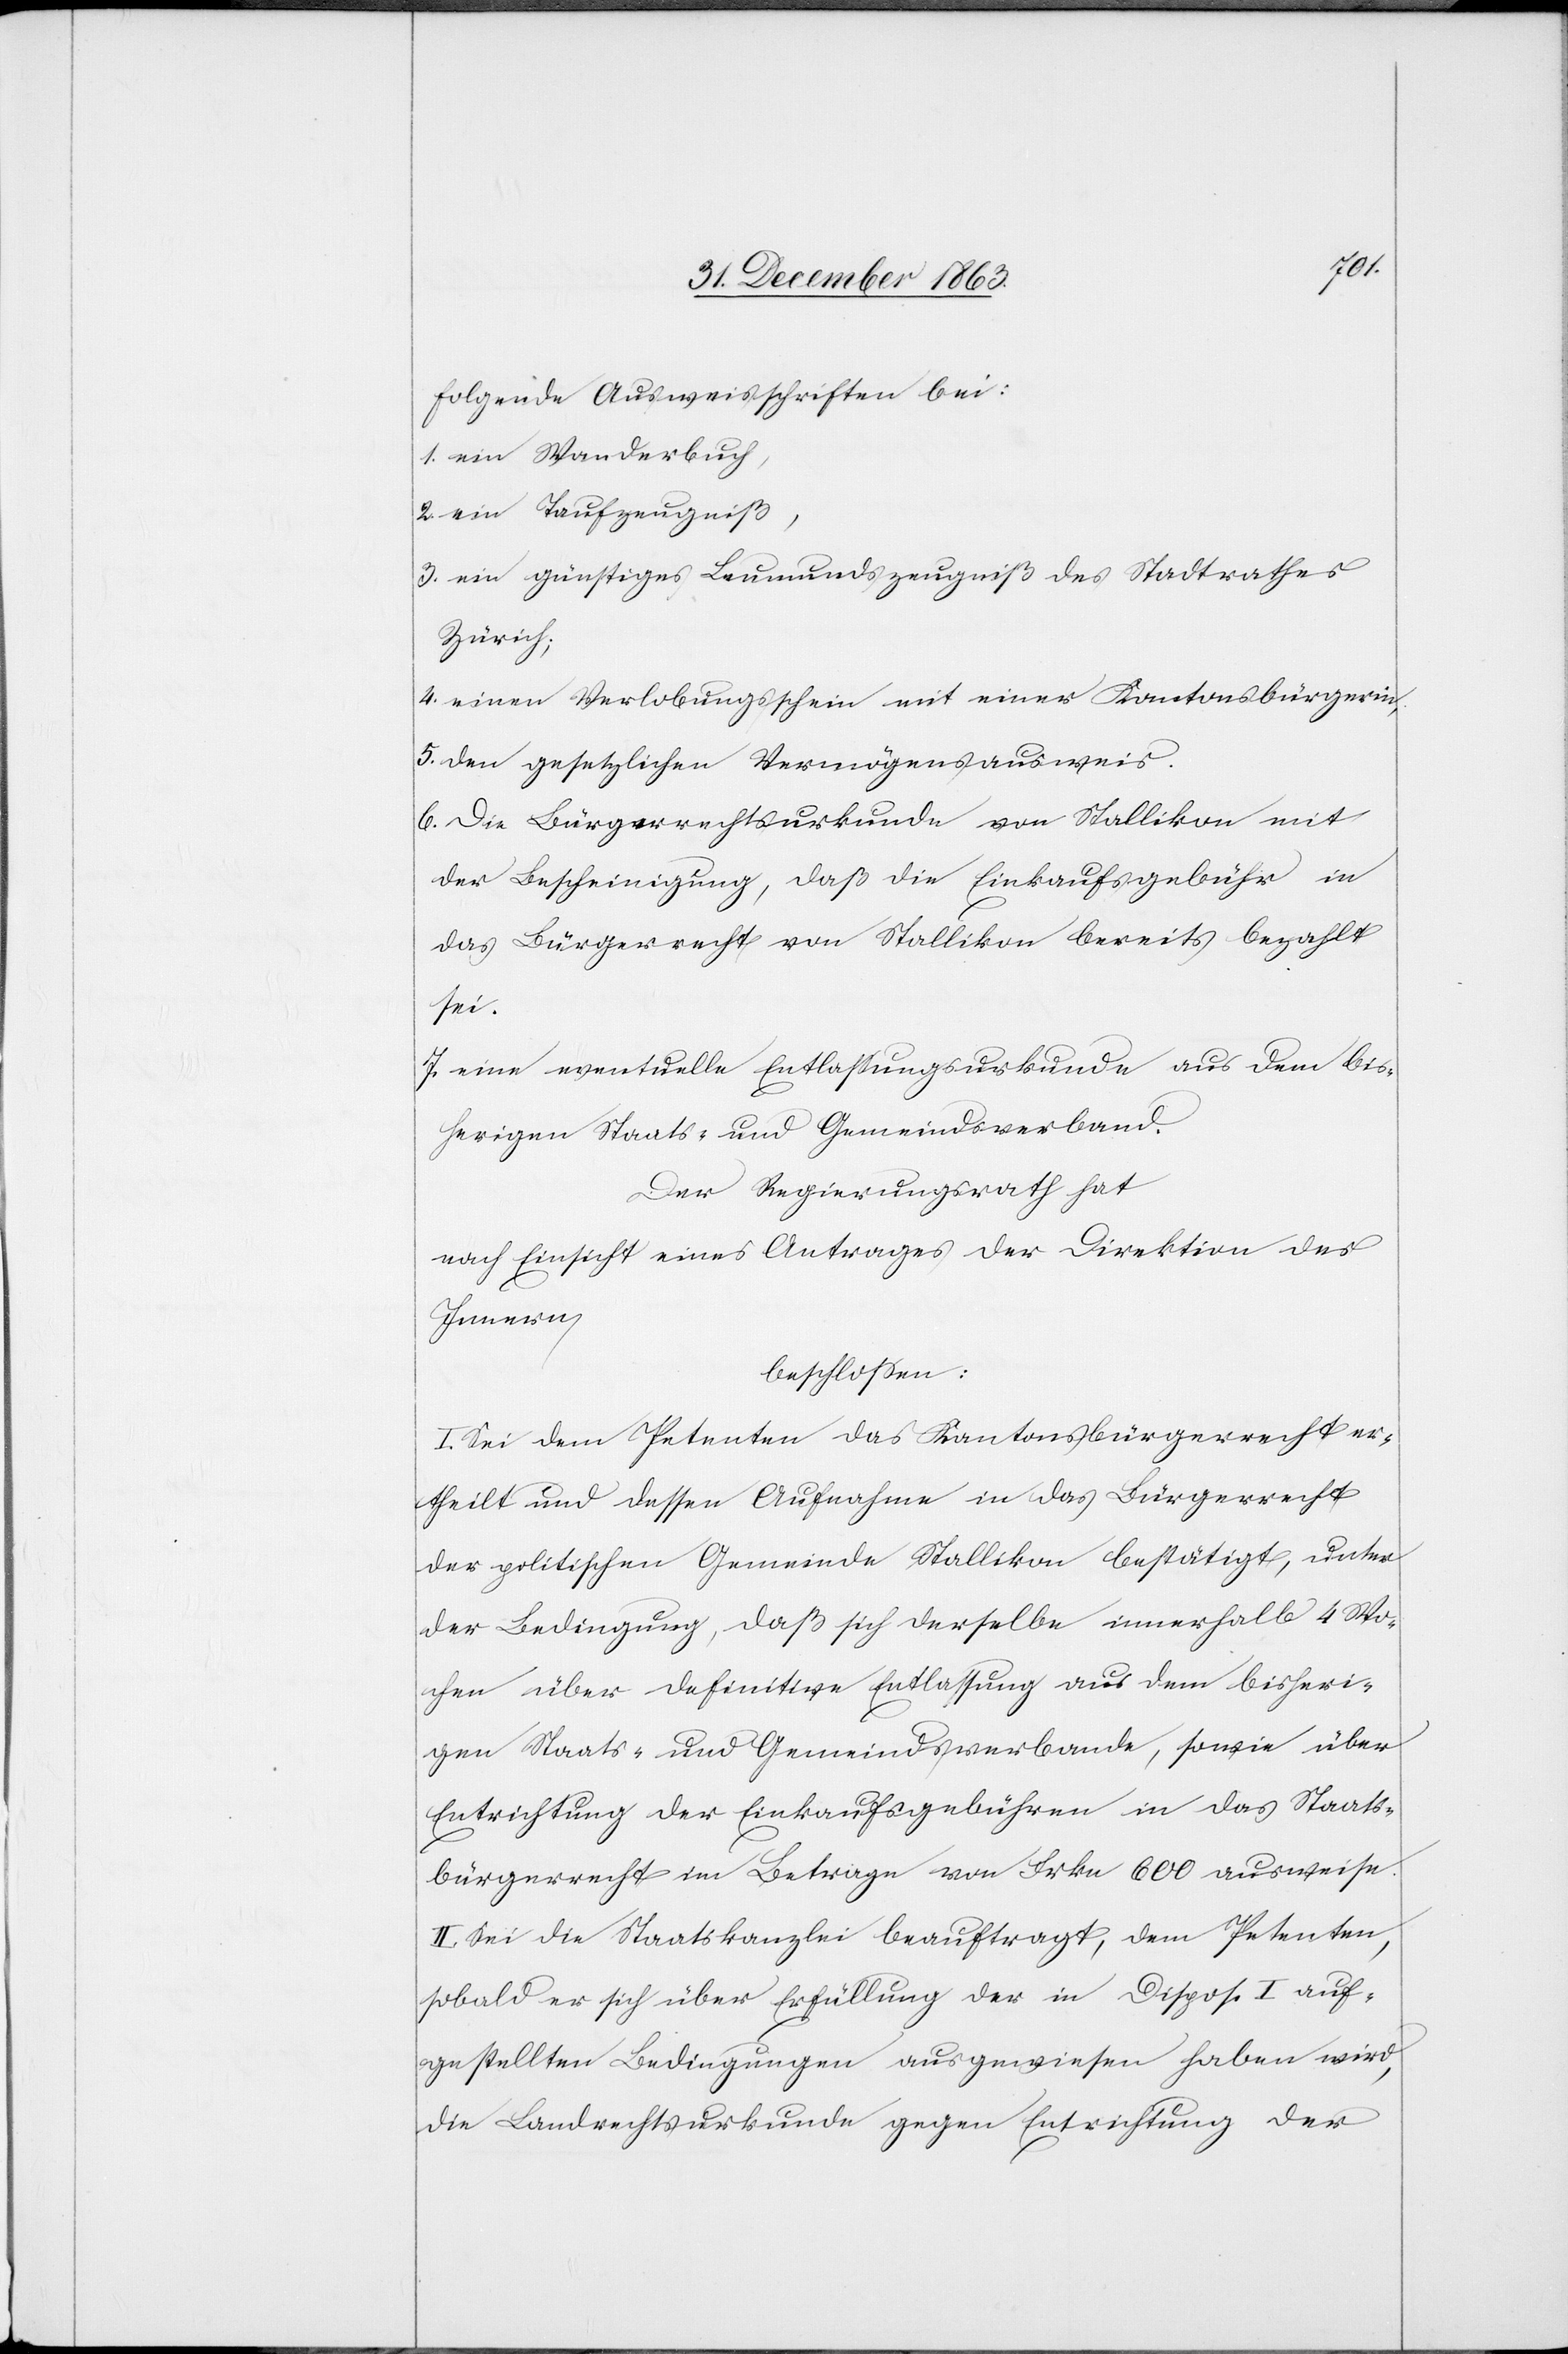
folgende Ausweisschriften bei:
1. ein Wanderbuch
2.
ein Taufzeugniß,
3. ein günstiges Leumundszeugniß des Stadtrathes
Zürich;
4. einen Verlobungsschein mit einer Kantonsbürgerin,
5. den gesetzlichen Vermögensausweis.
6. Die Bürgerrechtsurkunde von Stallikon mit
der Bescheinigung, daß die Einkaufsgebühr in
das Bürgerrecht von Stallikon bereits bezahlt
sei.
7. eine eventuelle Entlassungsurkunde aus dem bis¬
herigen Staats- und Gemeindsverband.
Der Regierungsrath hat
nach Einsicht eines Antrages der Direktion des
Innern
beschlossen:
I. Sei dem Petenten das Kantonsbürgerrecht er¬
theilt und dessen Aufnahme in das Bürgerrecht
der politischen Gemeinde Stallikon bestätigt, unter
der Bedingung, daß sich derselbe innerhalb 4 Wo¬
chen über definitive Entlassung aus dem bisheri¬
gen Staats- und Gemeindsverbande, sowie über
Entrichtung der Einkaufsgebühren in das Staats¬
bürgerrecht im Betrage von Frkn 600 ausweise.
II. Sei die Staatskanzlei beauftragt, dem Petenten,
sobald er sich über Erfüllung der in Dispos. I auf¬
gestellten Bedingungen ausgewiesen haben wird,
die Landrechtsurkunde gegen Entrichtung der